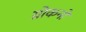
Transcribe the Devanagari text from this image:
ग्रोकनो